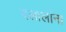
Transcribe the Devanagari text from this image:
दलालांना